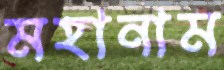
মহানাম